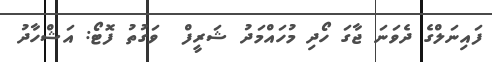
ފައިނަލްގެ ދެވަނަ ޖާގަ ހޯދި މުހައްމަދު ޝަރީފް  ވަގުތު ފޮޓޯ: އަޝްހާދު